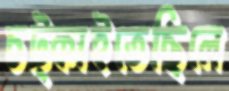
চট্‌কাইতেছিলে